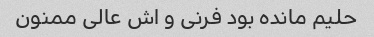
حلیم مانده بود فرنی و اش عالی ممنون